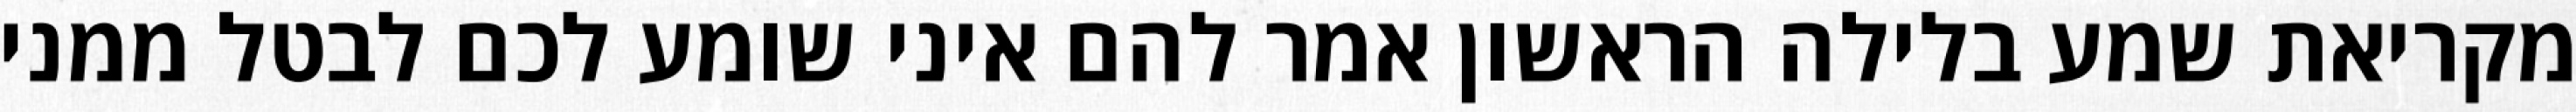
מקריאת שמע בלילה הראשון אמר להם איני שומע לכם לבטל ממני